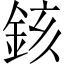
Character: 䤤